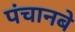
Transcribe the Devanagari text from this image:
पंचानबे